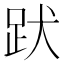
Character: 𧿡